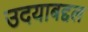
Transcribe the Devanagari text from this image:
उदयाबद्दल